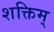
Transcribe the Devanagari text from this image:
शक्तिम्‌